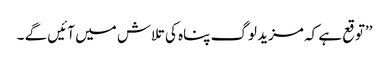
’’توقع ہے کہ مزید لوگ پناہ کی تلاش میں آئیں گے ۔